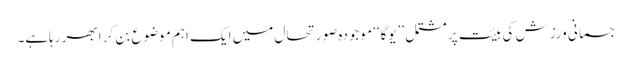
جسمانی ورزش کی ہیئت پر مشتمل ’’یوگا‘‘ موجودہ صورتحال میں ایک اہم موضوع بن کر ابھر رہاہے۔